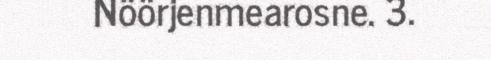
Nöörjenmearosne. 3.